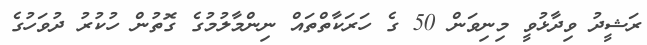
ރަޝީދު ވިދާޅުވީ މިނިވަން 50 ގެ ހަރަކާތްތައް ނިންމާލުމުގެ ގޮތުން ހުކުރު ދުވަހުގެ